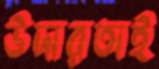
উদারতাই